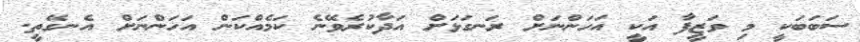
ސަބަބަކީ މި ވަޒީފާ އަކީ އަހަންނަށް ރަނގަޅަށް އަދާކުރެވޭނެ ކަމެއްކަން އަހަންނަށް އެނގޭތީ.